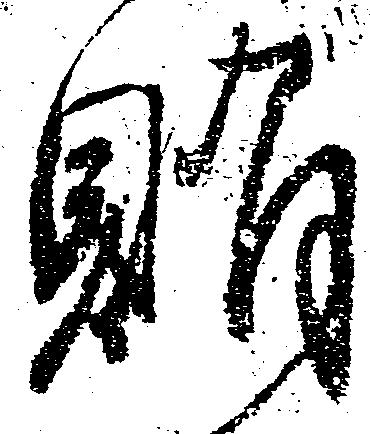
賄